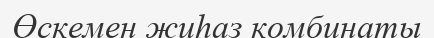
Өскемен жиһаз комбинаты